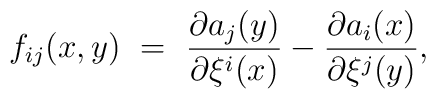
f_{ij}(x,y)~=~\frac{\partial a_j(y)}{\partial \xi^i(x)}         -  \frac{\partial a_i(x)}{\partial \xi^j(y)},